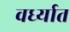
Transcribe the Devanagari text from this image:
वर्ध्यात